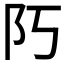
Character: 𨸑